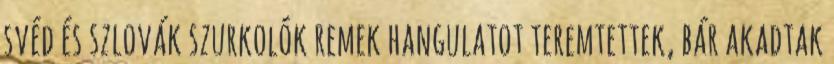
svéd és szlovák szurkolók remek hangulatot teremtettek, bár akadtak